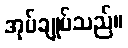
အုပ်ချုပ်သည်။